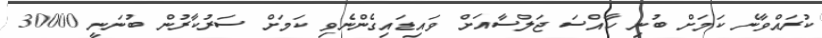
ކުރައްވާނެ ކަމަށް ބުނި ހާއްސަ ޖަލްސާއަށް ވައިޑައިގެންނެވި ކަމަށް ސަރުކާރުން ބުނަނީ 30000